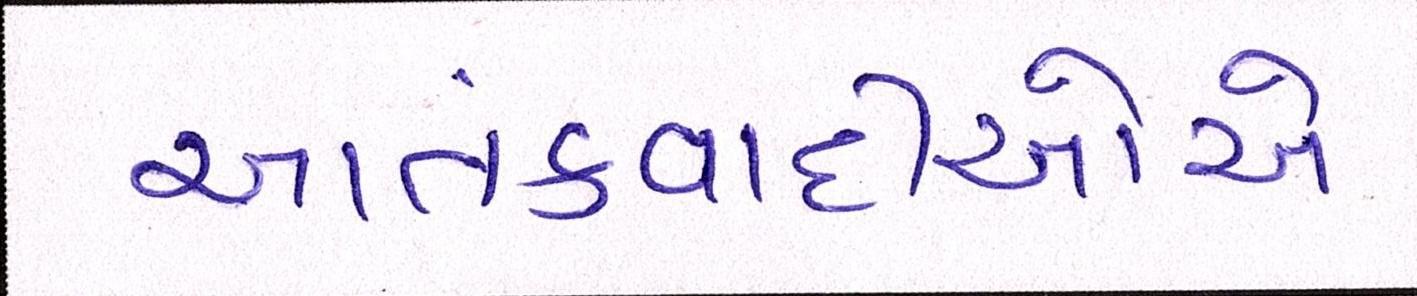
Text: આતંકવાદીઓેએ